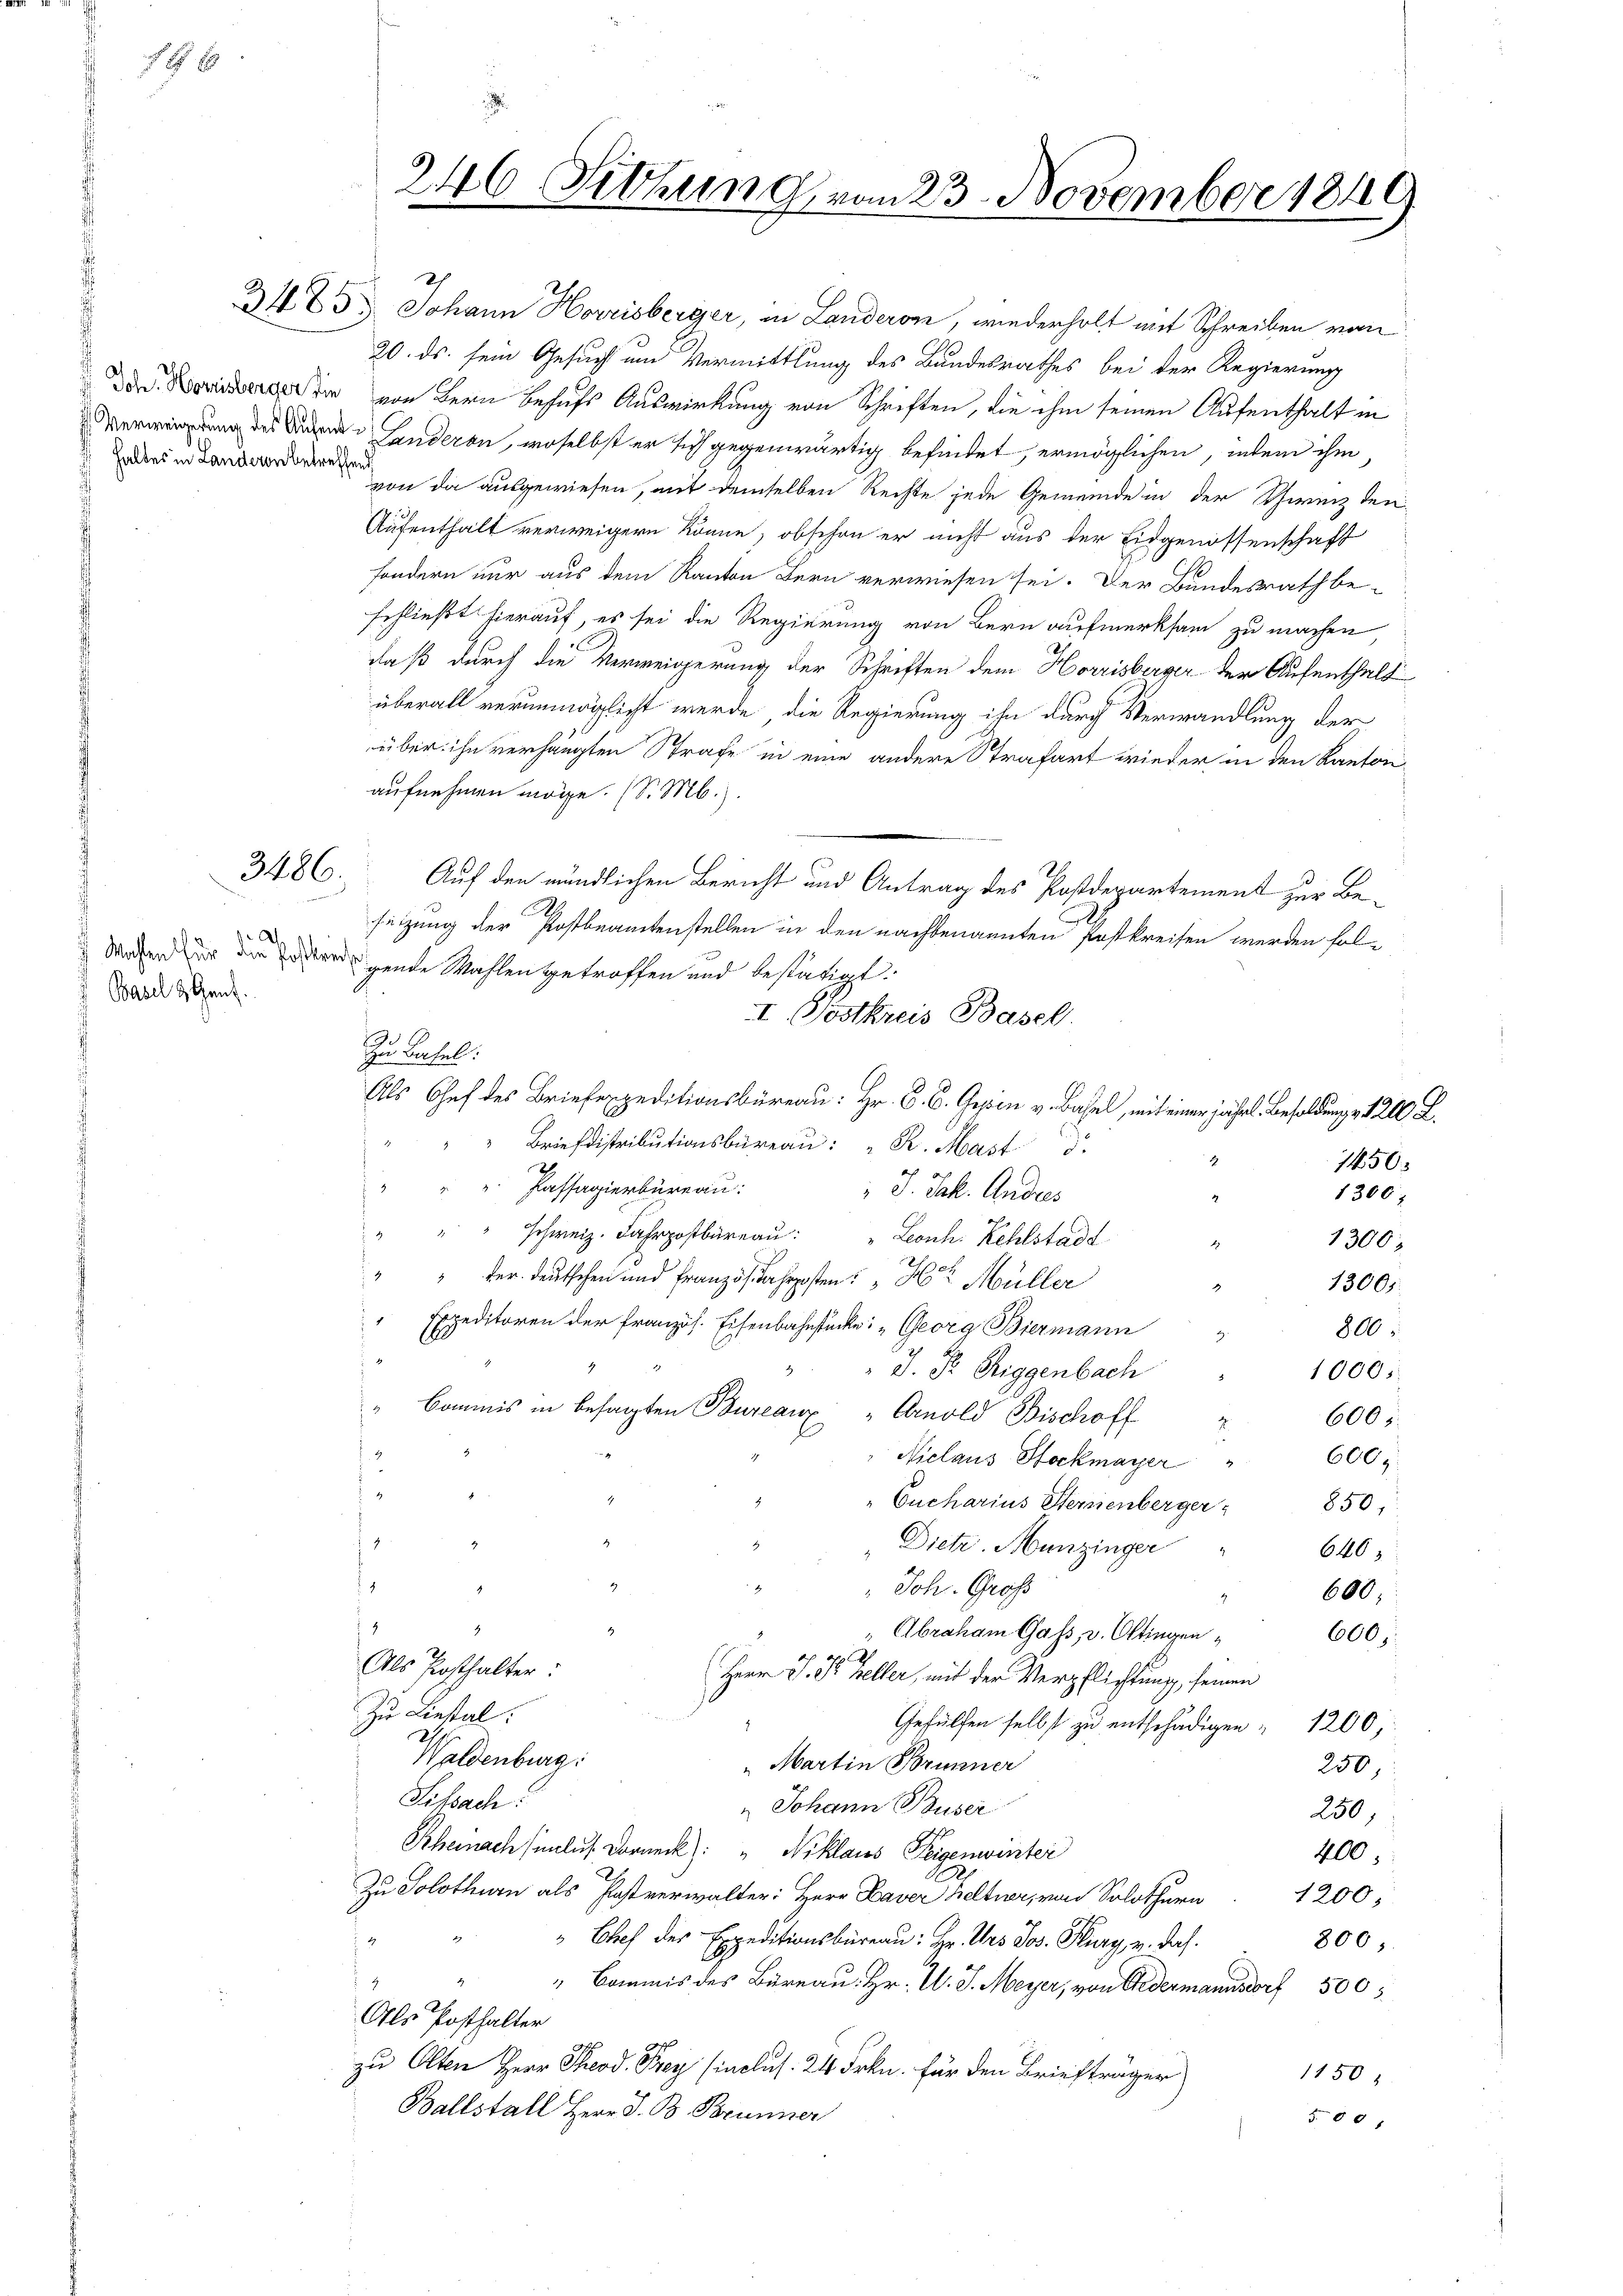
haldes in Landeren betreffend

3486.

A
 Basel & Genf.

20. ds. sein Gesuch um Vermittlung des Bundesrathes bei der Regierung
te von Bern behufs Auswirkung von Schriften, die ihm seinen Aufenthalt in
Verung des Die Landeren, woselbst er sich gegenwärtig befindet, ermöglichen, intem ihm
von da ausgewiesen, mit demselben Rechte jede Gemeinde in der Schweiz den-
Aufenthalt verweigern könne, obschon er nicht aus der Eidgenossenschaft
sondern nur aus dem Kanton Bern verwiesen sei. Der Bundesrath be-
schließt hierauf, es sei die Regierung von Bern aufmerksam zu machen
u
daß durch die Verweigerung der Schriften dem Horrisberger der Aufenthalt
überall verunmöglicht werde, die Regierung ihn durch Verwandlung der
über ihn verhängten Strafe in eine andere Strafart wieder in den Kantonaufnehmen möge. (S. M.).
Auf den mündlichen Bericht und Antrag des Postdepartement zur Besetzung der Postbeamtenstellen in den nachbenannten Postkreisen werden fol¬
Wachen zur die Tröster gende Wahlen getroffen und bestätigt.
I. Postkreis Basel.
Zu Basel:
Als Chef des Briefexpeditionsbüreau: Hr. G. B. Gesin v. Basel, mit einer jährl. Besoldungs 1200 L.
Briefdistributionsbüreau: "R. Hast
2
1850
Passagierbüreau:
i
" J. Jak. Andres
1300;
" schweiz. Fahrpostbüreau:
Leonh. Kehlstadt
1300
" " der Deutschen und Französiahrposten " " Hr. Müller
13005.
Expeditoren der Französ. Eisenbahnstücke: „Georg Biermann
800:
2
" J. Pr. Siggenbach
1000.
" Commis in besagten Bureaux Arnold Bischoff
600
.
9
600
Niclaus Hockmayer "
e
"Cucharius Sternenberger
850,
.
de
Dietr. Munzinger
640
.
" Joh. Gross
d
600;
1
Abraham Gass, v. Ottingen
600.
Als Posthalter:
Herr J. Dr. Heller, mit der Verpflichtung, seinen
Zu Liestal:
Gehülfen selbst zu entschädigen " 1200
Waldenburg:
"Martin Brunner
250,
Sissach!
Johann Buser
250,
Rheinachsunlus Dorneck): " Niklaus Teigenwinter
400;
Zu Solothurn als Postverwalter: Herr Daver Heltner, von Solothurn 1200
" Chef des Expeditionsbüreau: Hr. Urs Jos. Burg, u. das
800;
" Commis des Büreau. Hr. U. J. Meyer, von Gedermannsdorf 500
Als Posthalter
zu Olten Herr Theod. Frey (inclus. 24 Frkn. Für den Briefträger
1150
Ballstall Herr J. B. Brunner
580

246 Fittung vom 23. November 1849
r
n

3483 Johann Horrisberger, in Landeron, wiederholt mit Schreiben von